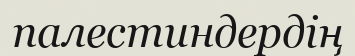
палестиндердің